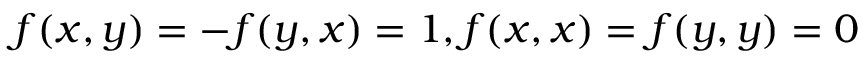
f ( x , y ) = - f ( y , x ) = 1 , f ( x , x ) = f ( y , y ) = 0